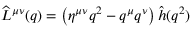
\widehat L ^ { \mu \nu } ( q ) = \left( \eta ^ { \mu \nu } q ^ { 2 } - q ^ { \mu } q ^ { \nu } \right) \hat { h } ( q ^ { 2 } )